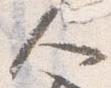
人